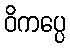
ဝိကပ္ပေ